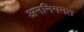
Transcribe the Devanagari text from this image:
अननिगनत